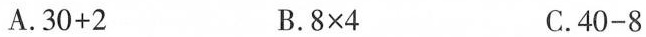
A. $$3 0 + 2$$ B. $$8 \times 4$$ C. $$4 0 - 8$$